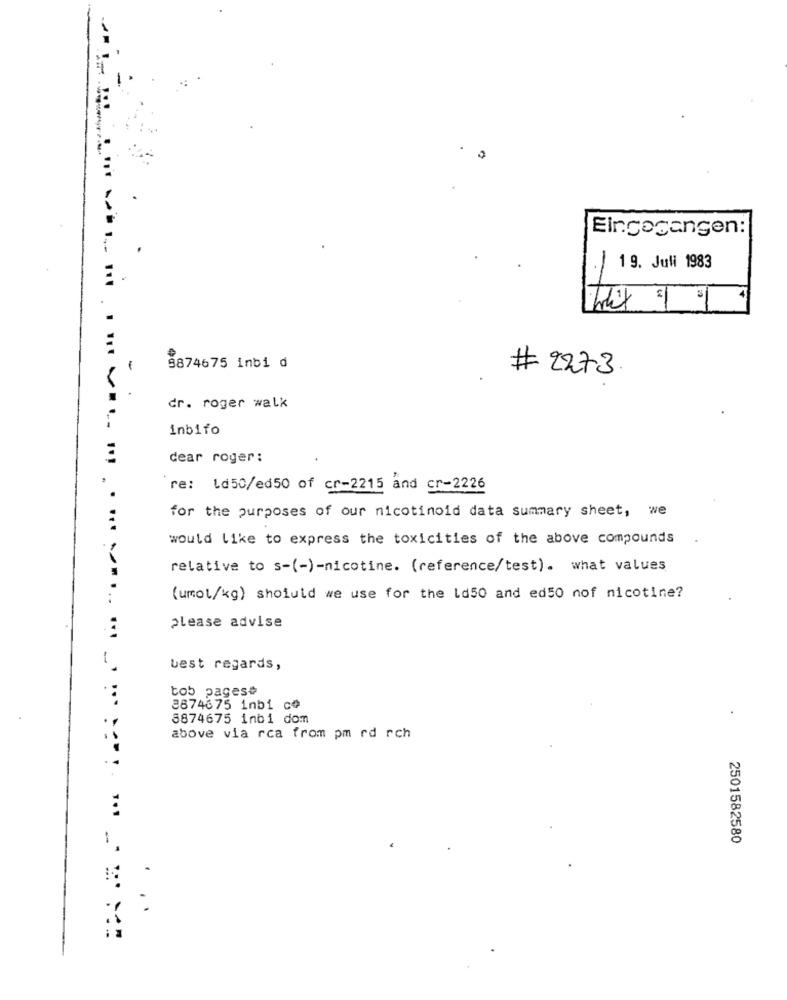
Eingegangen:
19. Juli 1983
34
9874675 inbi d
# 2273
dr. roger walk
inbifo
dear roger:
re: Ld50/ed50 of cr-2215 and cr-2226
for the purposes of our nicotinoid data summary sheet, we
would like to express the toxicities of the above compounds
relative to s-(-)-nicotine. (reference/test). what values
(umot/kg) shoiuld we use for the Ld50 and ed50 nof nicotine?
:
please advise
best regards,
tob pagese
8874675 inbi co
3874675 inbi dom
above via rca from pm rd rch
2501582580
...